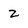
Character: Z